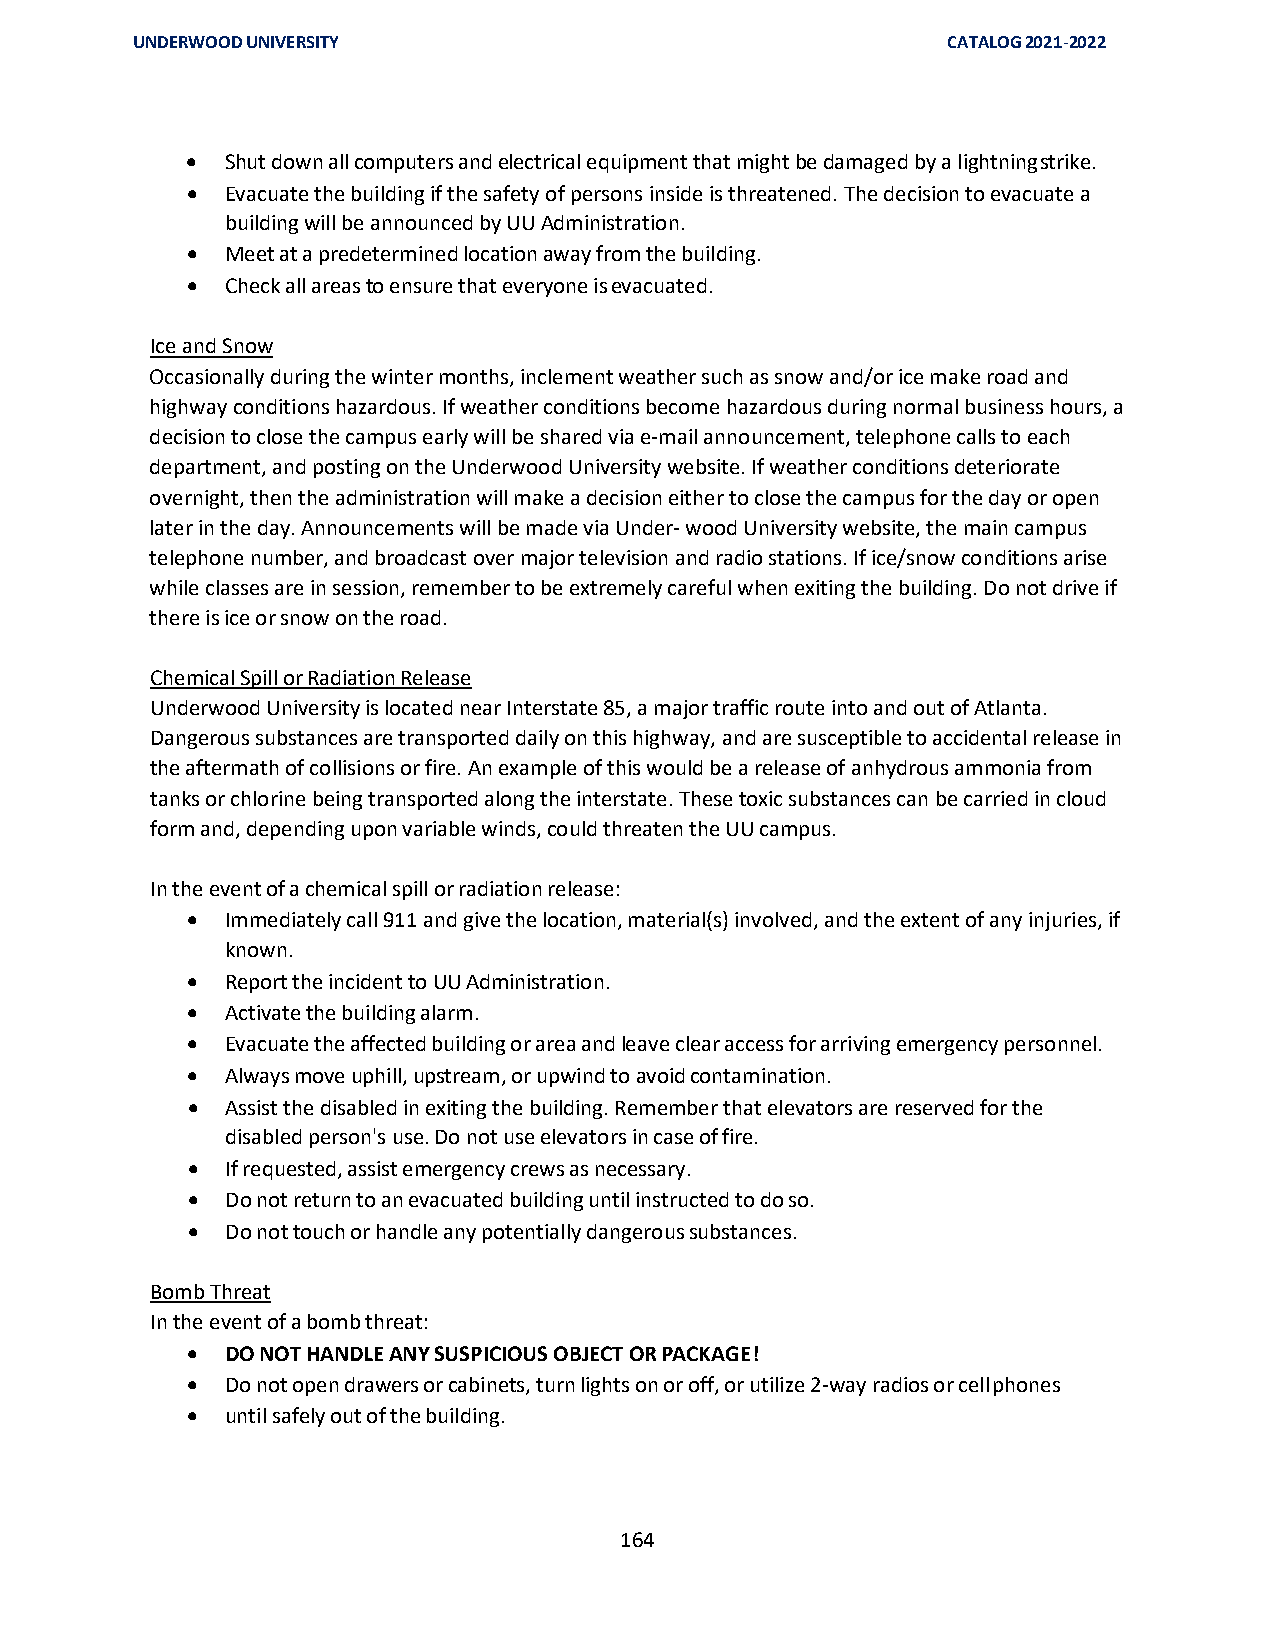
UNDERWOOD UNIVERSITY                                  CATALOG 2021-2022
 •  Shut down all computers and electrical equipment that might be damaged by a lightning strike.
 •  Evacuate the building if the safety of persons inside is threatened. The decision to evacuate a
 building will be announced by UU Administration.
 •  Meet at a predetermined location away from the building.
 •  Check all areas to ensure that everyone is evacuated.
 Ice and Snow
 Occasionally during the winter months, inclement weather such as snow and/or ice make road and
 highway conditions hazardous. If weather conditions become hazardous during normal business hours, a
 decision to close the campus early will be shared via e-mail announcement, telephone calls to each
 department, and posting on the Underwood University website. If weather conditions deteriorate
 overnight, then the administration will make a decision either to close the campus for the day or open
 later in the day. Announcements will be made via Under- wood University website, the main campus
 telephone number, and broadcast over major television and radio stations. If ice/snow conditions arise
 while classes are in session, remember to be extremely careful when exiting the building. Do not drive if
 there is ice or snow on the road.
 Chemical Spill or Radiation Release
 Underwood University is located near Interstate 85, a major traffic route into and out of Atlanta.
 Dangerous substances are transported daily on this highway, and are susceptible to accidental release in
 the aftermath of collisions or fire. An example of this would be a release of anhydrous ammonia from
 tanks or chlorine being transported along the interstate. These toxic substances can be carried in cloud
 form and, depending upon variable winds, could threaten the UU campus.
 In the event of a chemical spill or radiation release:
 •  Immediately call 911 and give the location, material(s) involved, and the extent of any injuries, if
 known.
 •  Report the incident to UU Administration.
 •  Activate the building alarm.
 •  Evacuate the affected building or area and leave clear access for arriving emergency personnel.
 •  Always move uphill, upstream, or upwind to avoid contamination.
 •  Assist the disabled in exiting the building. Remember that elevators are reserved for the
 disabled person's use. Do not use elevators in case of fire.
 •  If requested, assist emergency crews as necessary.
 •  Do not return to an evacuated building until instructed to do so.
 •  Do not touch or handle any potentially dangerous substances.
 Bomb Threat
 In the event of a bomb threat:
 •  DO NOT HANDLE ANY SUSPICIOUS OBJECT OR PACKAGE!
 •  Do not open drawers or cabinets, turn lights on or off, or utilize 2-way radios or cell phones
 •  until safely out of the building.
 164